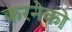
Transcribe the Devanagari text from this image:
करनेको